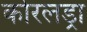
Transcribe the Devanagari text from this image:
कोरलड्रा